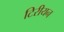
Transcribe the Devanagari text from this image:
टिरीयन